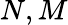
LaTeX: N,M